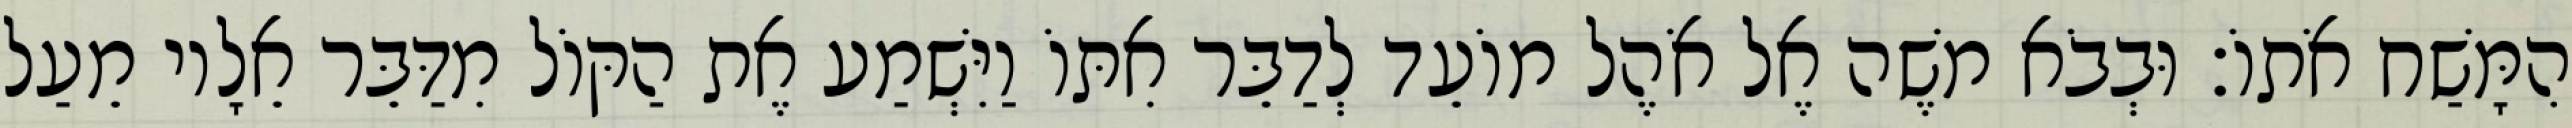
הִמָּשַׁח אֹתוֹ׃ וּבְבֹא משֶׁה אֶל אֹהֶל מוֹעֵד לְדַבֵּר אִתּוֹ וַיִּשְׁמַע אֶת הַקּוֹל מִדַּבֵּר אֵלָיו מֵעַל